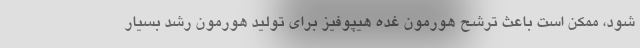
شود، ممکن است باعث ترشح هورمون غده هیپوفیز برای تولید هورمون رشد بسیار